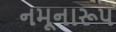
નમૂનારૂપ